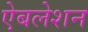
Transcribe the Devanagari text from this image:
ऐबलेशन